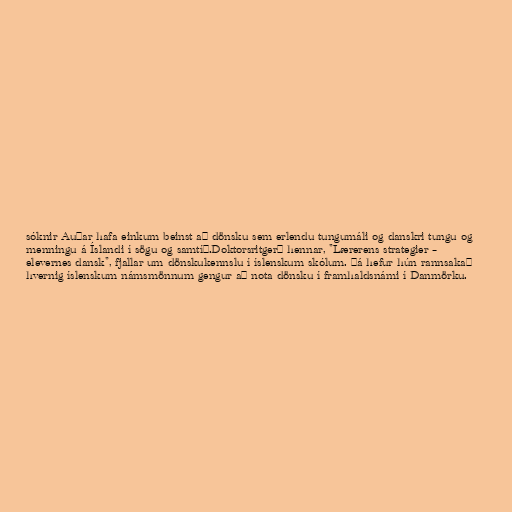
sóknir Auðar hafa einkum beinst að dönsku sem erlendu tungumáli og danskri tungu og
menningu á Íslandi í sögu og samtíð.Doktorsritgerð hennar, "Lærerens strategier –
elevernes dansk", fjallar um dönskukennslu í íslenskum skólum. Þá hefur hún rannsakað
hvernig íslenskum námsmönnum gengur að nota dönsku í framhaldsnámi í Danmörku.